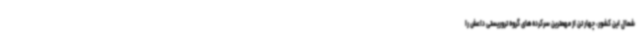
شمال این کشور، چهار تن از مهمترین سرکرده‌های گروه تروریستی داعش را